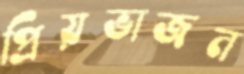
প্রিয়ভাজন